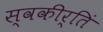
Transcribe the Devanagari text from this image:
स्वकीर्तिं